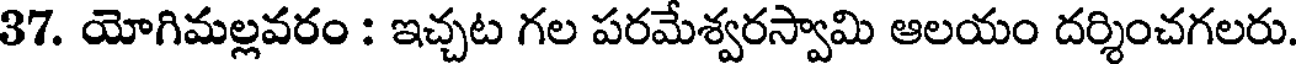
37. యోగిమల్లవరం : ఇచ్చట గల పరమేశ్వరస్వామి ఆలయం దర్శించగలరు